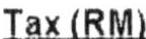
TAX(RM)